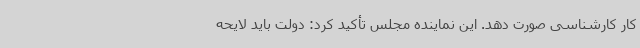
کار کارشناسی صورت دهد. این نماینده مجلس تأکید کرد: دولت باید لایحه